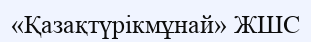
«Қазақтүрікмұнай» ЖШС